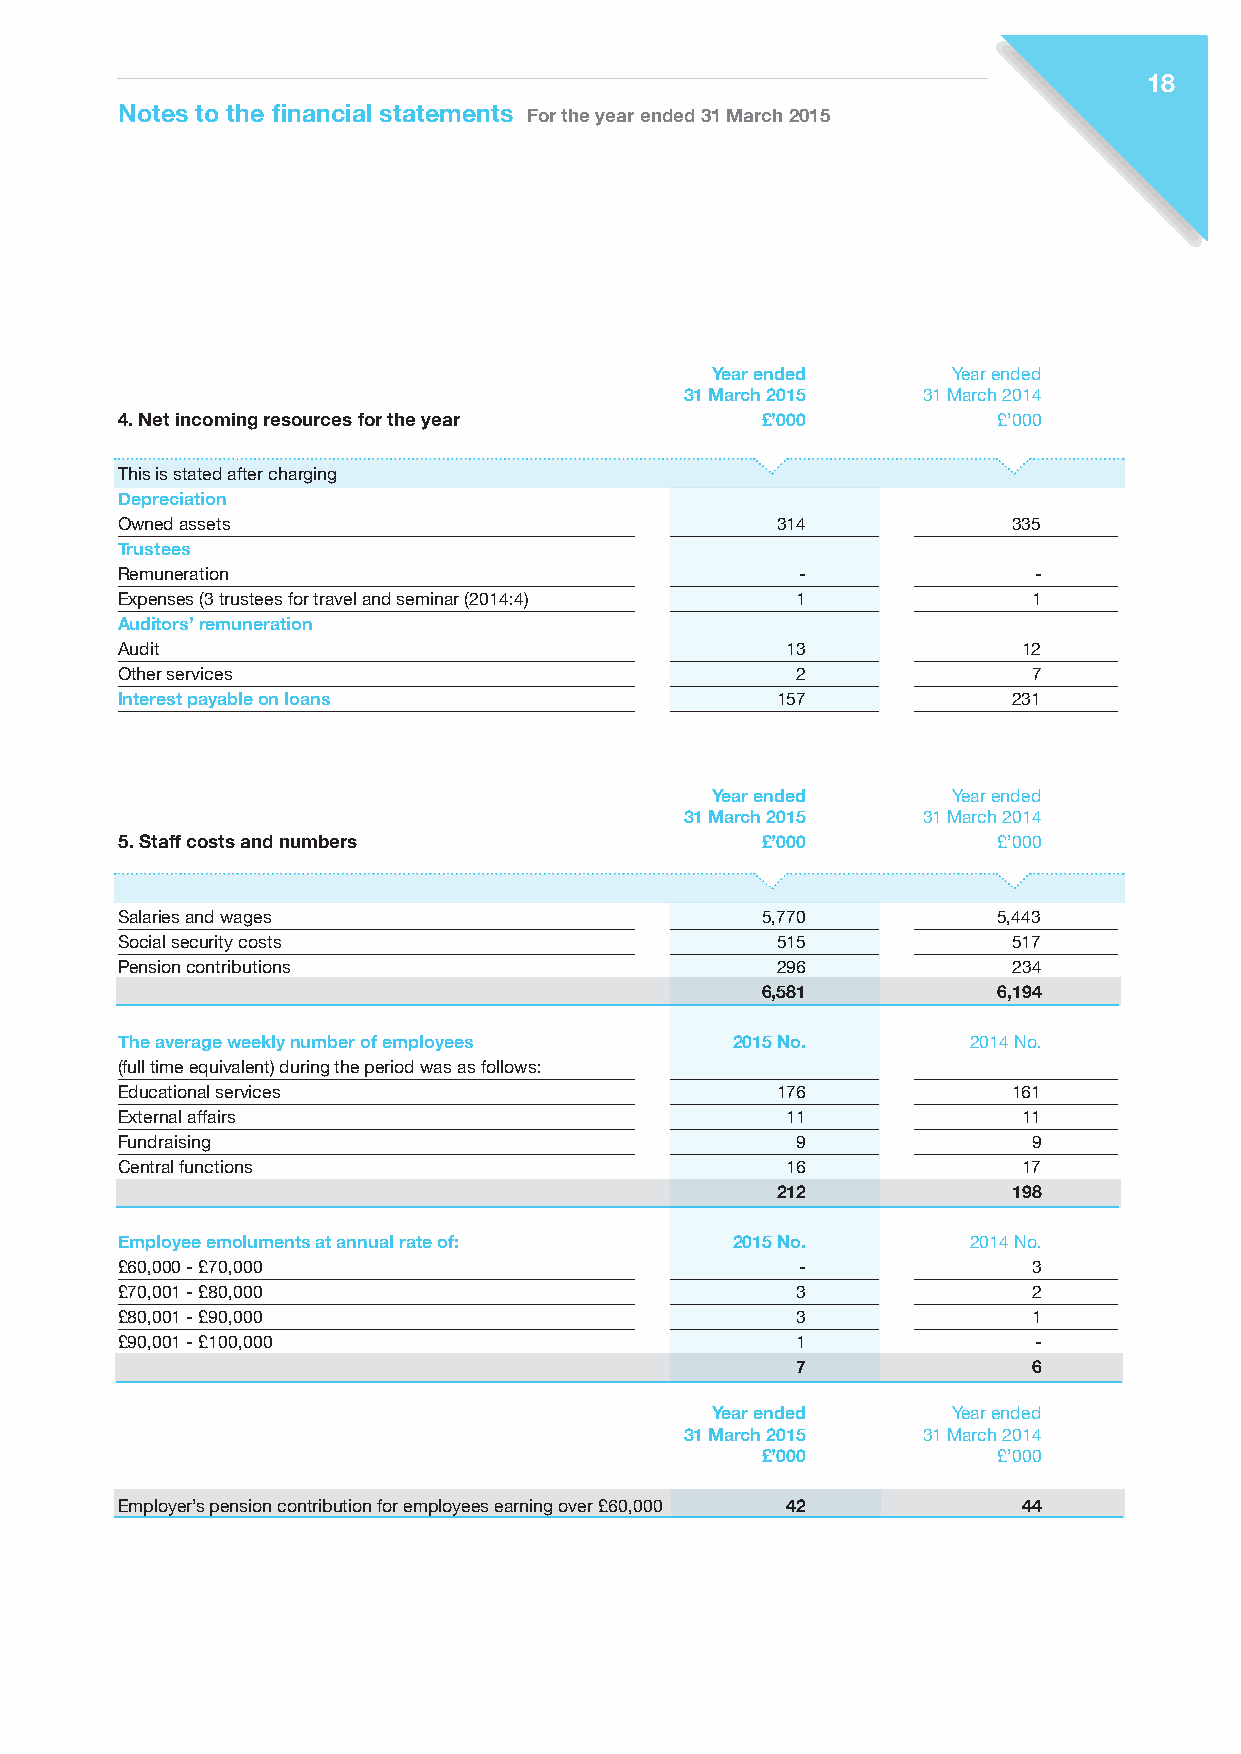
18
 Notes to the financial statements For the year ended 31 March 2015
 Year ended      Year ended
 31 March 2015   31 March 2014
 4. Net incoming resources for the year    £’000           £’000
 This is stated after charging
 Depreciation
 Owned assets                               314             335
 Trustees
 Remuneration                                 -              -
 Expenses (3 trustees for travel and seminar (2014:4) 1      1
 Auditors’ remuneration
 Audit                                       13              12
 Other services                               2              7
 Interest payable on loans                  157             231
 Year ended      Year ended
 31 March 2015   31 March 2014
 5. Staff costs and numbers                £’000           £’000
 Salaries and wages                        5,770           5,443
 Social security costs                      515             517
 Pension contributions                      296             234
 6,581           6,194
 The average weekly number of employees  2015 No.        2014 No.
 (full time equivalent) during the period was as follows:
 Educational services                       176             161
 External affairs                            11              11
 Fundraising                                  9              9
 Central functions                           16              17
 212             198
 Employee emoluments at annual rate of:  2015 No.        2014 No.
 £60,000 - £70,000                            -              3
 £70,001 - £80,000                            3              2
 £80,001 - £90,000                            3              1
 £90,001 - £100,000                           1              -
 7              6
 Year ended      Year ended
 31 March 2015   31 March 2014
 £’000           £’000
 Employer’s pension contribution for employees earning over £60,000 42 44